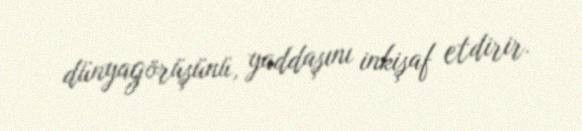
dünyagörüşünü, yaddaşını inkişaf etdirir.